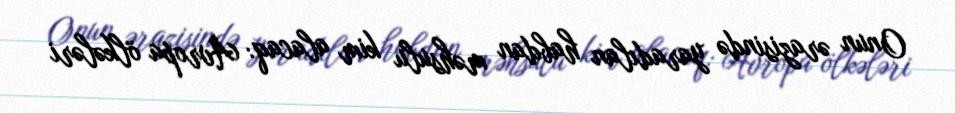
Onun ərazisində yaradılan habdan məhsulu kim alacaq: Avropa ölkələri